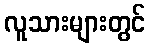
လူသားများတွင်